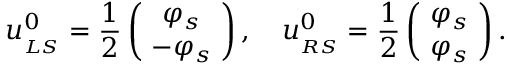
u _ { _ { L S } } ^ { 0 } = \frac { 1 } { 2 } \left( \! \begin{array} { c } { { \varphi _ { s } } } \\ { { - \varphi _ { s } } } \end{array} \! \right) , \quad u _ { _ { R S } } ^ { 0 } = \frac { 1 } { 2 } \left( \! \begin{array} { c } { { \varphi _ { s } } } \\ { { \varphi _ { s } } } \end{array} \! \right) .